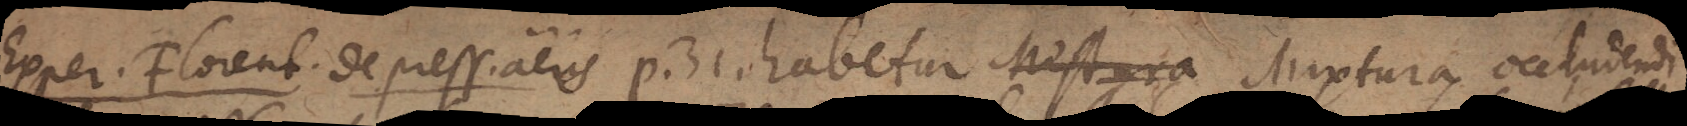
Exper. Florent. de press. aeris p. 31. habetur Mixtura occludendi